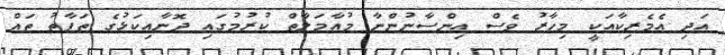
އަދި އެމެރިކާއަކީ މިހާރު ވެސް އިންސާނުންނާ މުއާމަލާތް ކުރުމުގައި ދޮނާއިކަޅުގެ ތަފާތު ތައް